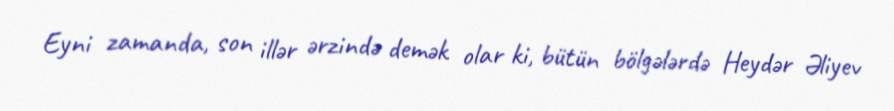
Eyni zamanda, son illər ərzində demək olar ki, bütün bölgələrdə Heydər Əliyev